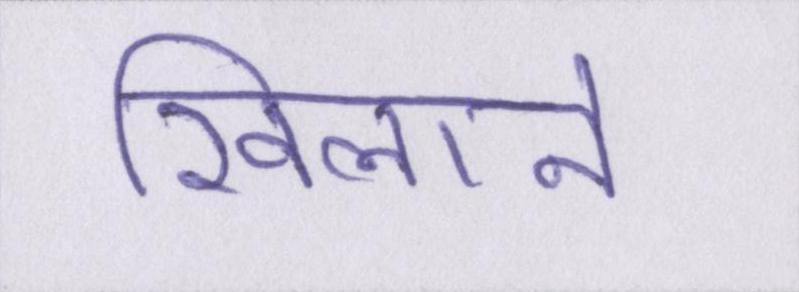
खिलाने